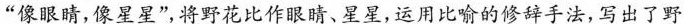
“像眼睛,像星星”将野花比作眼睛、星星,运用比喻的修辞手法,写出了野